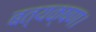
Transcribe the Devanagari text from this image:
बत्यक्षण।